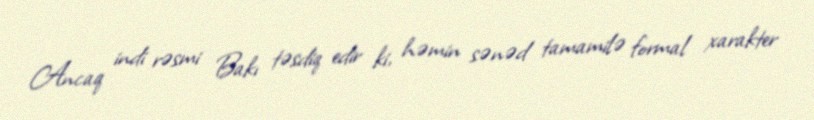
Ancaq indi rəsmi Bakı təsdiq edir ki, həmin sənəd tamamilə formal xarakter